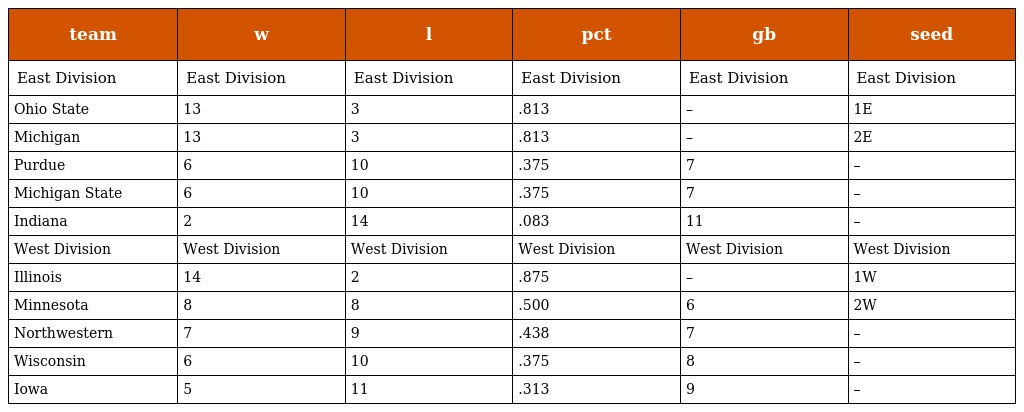
| team | w | l | pct | gb | seed |
 | --- | --- | --- | --- | --- | --- |
 | East Division | East Division | East Division | East Division | East Division | East Division |
 | Ohio State | 13 | 3 | .813 | – | 1E |
 | Michigan | 13 | 3 | .813 | – | 2E |
 | Purdue | 6 | 10 | .375 | 7 | – |
 | Michigan State | 6 | 10 | .375 | 7 | – |
 | Indiana | 2 | 14 | .083 | 11 | – |
 | West Division | West Division | West Division | West Division | West Division | West Division |
 | Illinois | 14 | 2 | .875 | – | 1W |
 | Minnesota | 8 | 8 | .500 | 6 | 2W |
 | Northwestern | 7 | 9 | .438 | 7 | – |
 | Wisconsin | 6 | 10 | .375 | 8 | – |
 | Iowa | 5 | 11 | .313 | 9 | – |